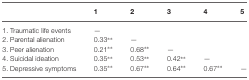
<table><thead><tr><td></td><td><b>1</b></td><td><b>2</b></td><td><b>3</b></td><td><b>4</b></td><td><b>5</b></td></tr></thead><tbody><tr><td>1. Traumatic life events</td><td>—</td><td></td><td></td><td></td><td></td></tr><tr><td>2. Parental alienation</td><td>0.33**</td><td>—</td><td></td><td></td><td></td></tr><tr><td>3. Peer alienation</td><td>0.21**</td><td>0.68**</td><td>—</td><td></td><td></td></tr><tr><td>4. Suicidal ideation</td><td>0.35**</td><td>0.53**</td><td>0.42**</td><td>—</td><td></td></tr><tr><td>5. Depressive symptoms</td><td>0.35**</td><td>0.67**</td><td>0.64**</td><td>0.67**</td><td>—</td></tr></tbody></table>